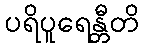
ပရိပူရေန္တီတိ